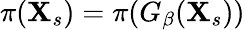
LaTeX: \pi(\mathbf{X}_{s})=\pi(G_{\beta}(\mathbf{X}_{s}))